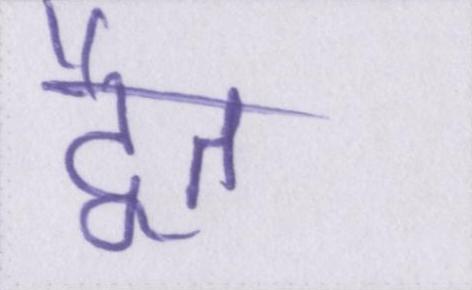
द्वैत